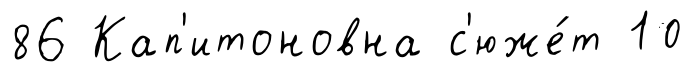
86 Кап'итоновна с'юже́т 10